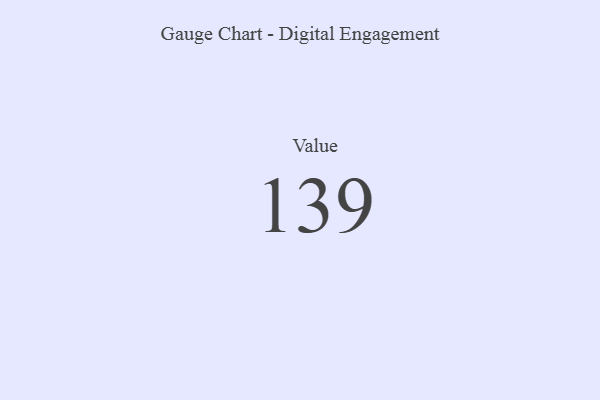
{"axis": {"x": "Metric", "y": "Value"}, "legend": [""], "data": [{"x": "Value", "y": 139, "type": ""}]}